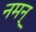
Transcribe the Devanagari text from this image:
नमन्